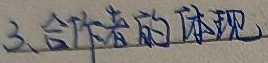
3. 合作者的体现